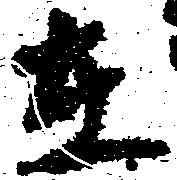
在